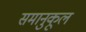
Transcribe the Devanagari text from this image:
समानुकूल